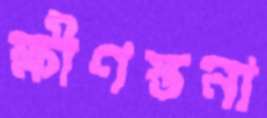
ক্ষীণস্তনা